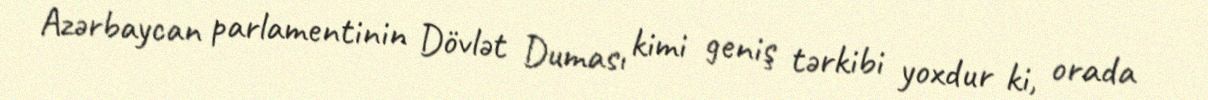
Azərbaycan parlamentinin Dövlət Duması kimi geniş tərkibi yoxdur ki, orada